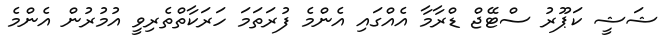
ޝަޝީ ކަޕޫރު ސްޓޭޖް ޑްރާމާ އެއްގައި އެންމެ ފުރަތަމަ ހަރަކާތްތެރިވީ އުމުރުން އެންމެ